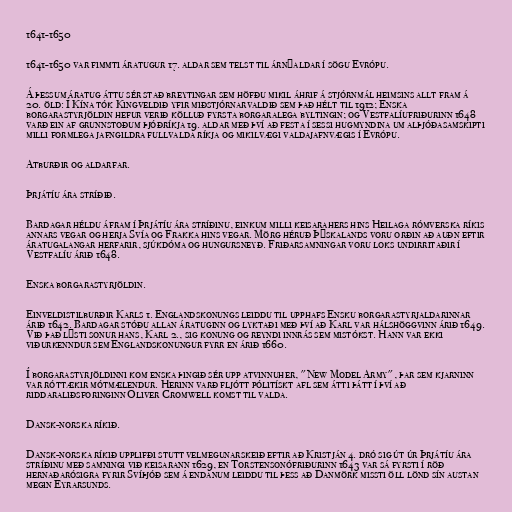
1641-1650

1641-1650 var fimmti áratugur 17. aldar sem telst til árnýaldar í sögu Evrópu.

Á þessum áratug áttu sér stað breytingar sem höfðu mikil áhrif á stjórnmál heimsins allt fram á
20. öld: Í Kína tók Kingveldið yfir miðstjórnarvaldið sem það hélt til 1912; Enska
borgarastyrjöldin hefur verið kölluð fyrsta borgaralega byltingin; og Vestfalíufriðurinn 1648
varð ein af grunnstoðum þjóðríkja 19. aldar með því að festa í sessi hugmyndina um alþjóðasamskipti
milli formlega jafngildra fullvalda ríkja og mikilvægi valdajafnvægis í Evrópu.

Atburðir og aldarfar.

Þrjátíu ára stríðið.

Bardagar héldu áfram í Þrjátíu ára stríðinu, einkum milli keisarahers hins Heilaga rómverska ríkis
annars vegar og herja Svía og Frakka hins vegar. Mörg héruð Þýskalands voru orðin að auðn eftir
áratugalangar herfarir, sjúkdóma og hungursneyð. Friðarsamningar voru loks undirritaðir í
Vestfalíu árið 1648.

Enska borgarastyrjöldin.

Einveldistilburðir Karls 1. Englandskonungs leiddu til upphafs Ensku borgarastyrjaldarinnar
árið 1642. Bardagar stóðu allan áratuginn og lyktaði með því að Karl var hálshöggvinn árið 1649.
Við það lýsti sonur hans, Karl 2., sig konung og reyndi innrás sem mistókst. Hann var ekki
viðurkenndur sem Englandskonungur fyrr en árið 1660.

Í borgarastyrjöldinni kom enska þingið sér upp atvinnuher, "New Model Army", þar sem kjarninn
var róttækir mótmælendur. Herinn varð fljótt pólitískt afl sem átti þátt í því að
riddaraliðsforinginn Oliver Cromwell komst til valda.

Dansk-norska ríkið.

Dansk-norska ríkið upplifði stutt velmegunarskeið eftir að Kristján 4. dró sig út úr Þrjátíu ára
stríðinu með samningi við keisarann 1629, en Torstensonófriðurinn 1643 var sá fyrsti í röð
hernaðarósigra fyrir Svíþjóð sem á endanum leiddu til þess að Danmörk missti öll lönd sín austan
megin Eyrarsunds.